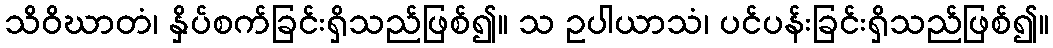
သိဝိဃာတံ၊ နှိပ်စက်ခြင်းရှိသည်ဖြစ်၍။ သ ဥပါယာသံ၊ ပင်ပန်းခြင်းရှိသည်ဖြစ်၍။